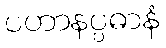
ပဟာနပ္ပဓာနံ